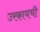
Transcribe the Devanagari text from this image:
उरकायची